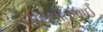
પરસોતભાઈ